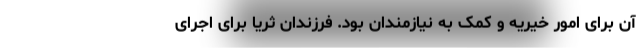
آن برای امور خیریه و کمک به نیازمندان بود. فرزندان ثریا برای اجرای